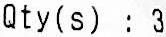
QTY(S) : 3